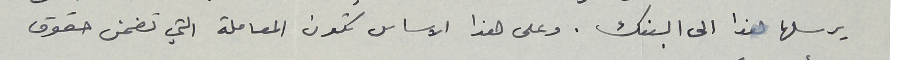
يرسلها هذا الى البنك. وعلى هذا الاساس تكون المعاملة التي تضمن حقوق